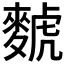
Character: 𫜐